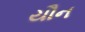
યૌન